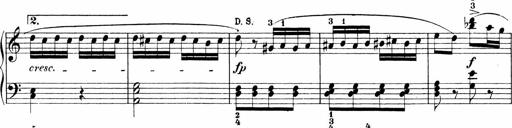
Title: 3 Sonatinas
Composer: Carl Reinecke